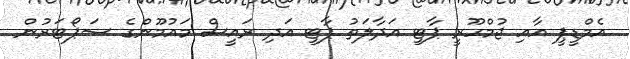
އެމްޑީޕީ އާއި ޖުމްހޫރީ ޕާޓީ އަދާލަތު ޕާޓީ އަދި ރައީސް މައުމޫންގެ ސަޕޯޓަރުން